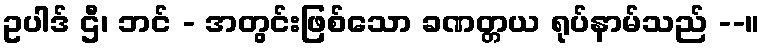
ဥပါဒ် ဌီ၊ ဘင် - အတွင်းဖြစ်သော ခဏတ္တယ ရုပ်နာမ်သည် --။